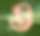
ও